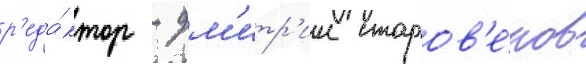
р'еда́ктор - дм'итр'ии старов'е́ров